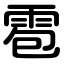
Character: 雹